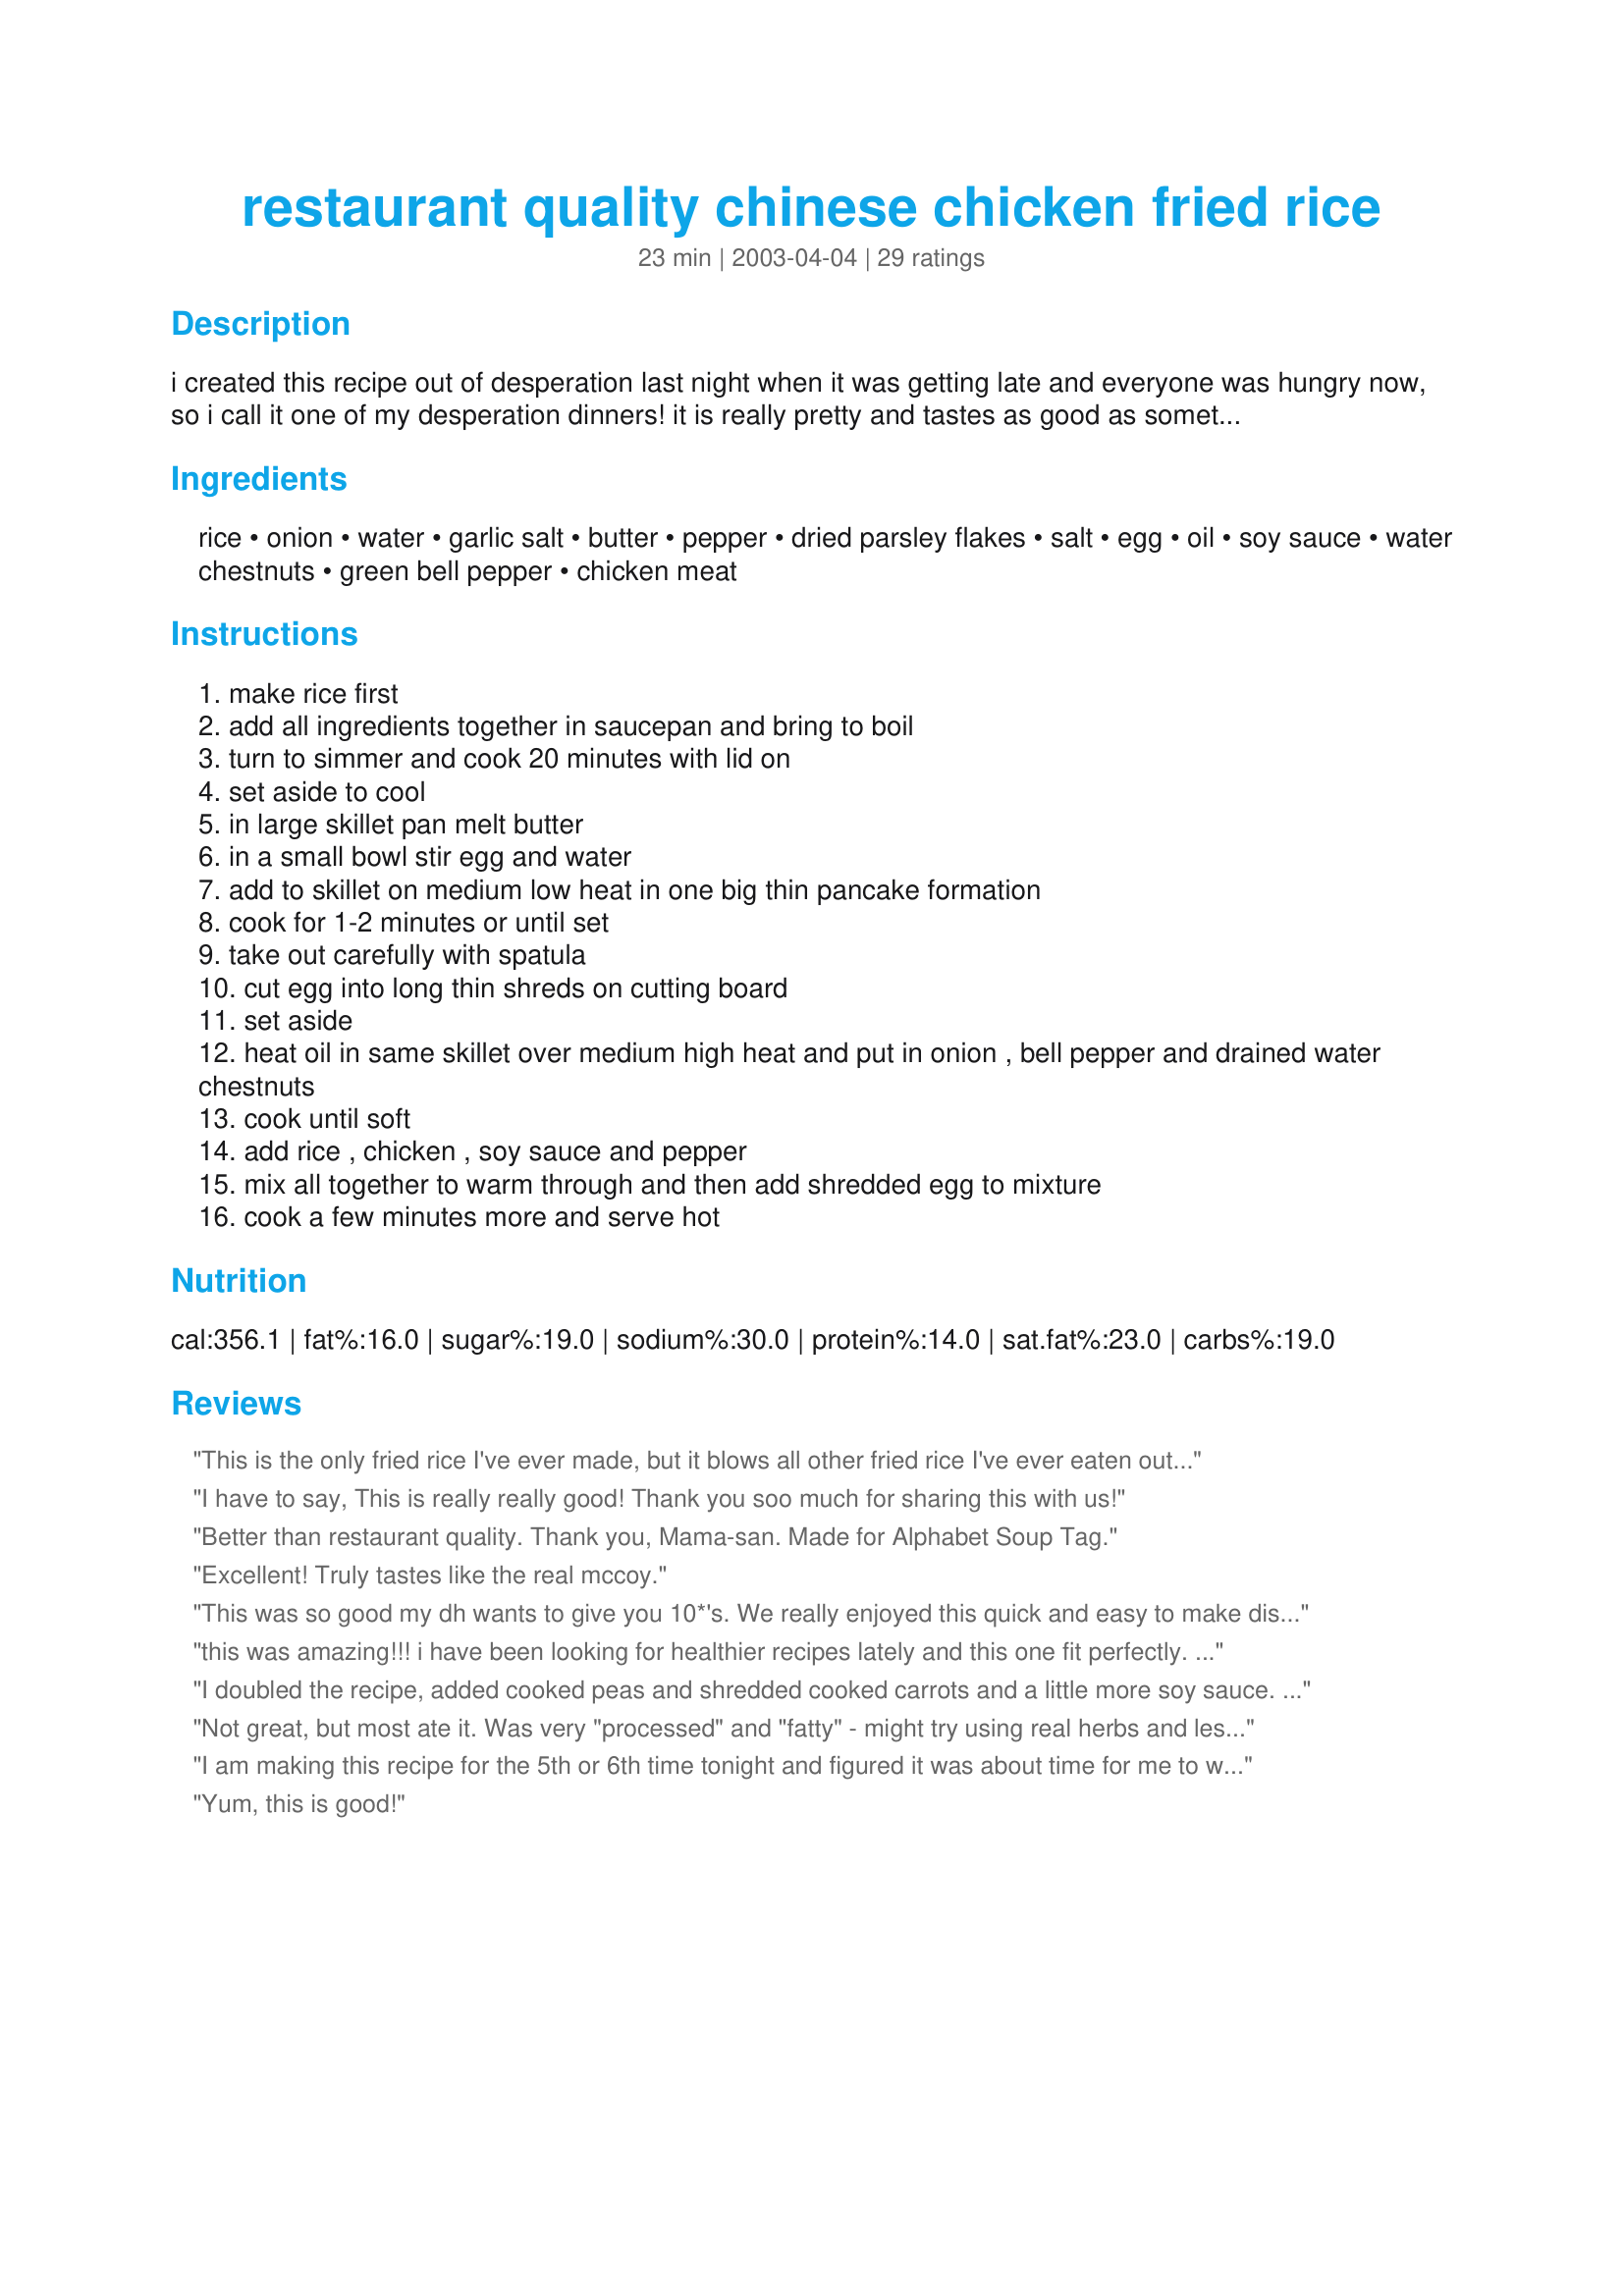
restaurant quality chinese chicken fried rice
Preparation time: 23 minutes

i created this recipe out of desperation last night when it was getting late and everyone was hungry now, so i call it one of my desperation dinners! it is really pretty and tastes as good as something you order in a restaurant! it was very cheap to make. you buy the chicken on sale and boil it and shred it and put in freezer in baggies till you need it and it's all ready to use in recipes at last minute! you can get the canned water chestnuts for $1 or less on sale and keep on hand in pantry! hope you like this as much as we do!

Ingredients:
rice, onion, water, garlic salt, butter, pepper, dried parsley flakes, salt, egg, oil, soy sauce, water chestnuts, green bell pepper, chicken meat

Steps:
make rice first
add all ingredients together in saucepan and bring to boil
turn to simmer and cook 20 minutes with lid on
set aside to cool
in large skillet pan melt butter
in a small bowl stir egg and water
add to skillet on medium low heat in one big thin pancake formation
cook for 1-2 minutes or until set
take out carefully with spatula
cut egg into long thin shreds on cutting board
set aside
heat oil in same skillet over medium high heat and put in onion , bell pepper and drained water chestnuts
cook until soft
add rice , chicken , soy sauce and pepper
mix all together to warm through and then add shredded egg to mixture
cook a few minutes more and serve hot

Reviews:
This is the only fried rice I've ever made, but it blows all other fried rice I've ever eaten out of the water. Seems like no matter how I substitute based on what's in the house it still tastes wonderful. I do have to cut the pepper back a bit for our tastes, but when all of us eat this with no complaints, it's a keeper!
I have to say, This is really really good! 
Thank you soo much for sharing this with us!
Better than restaurant quality. Thank you, Mama-san. Made for Alphabet Soup Tag.
Excellent! Truly tastes like the real mccoy.
This was so good my dh wants to give you 10*'s. We really enjoyed this quick and easy to make dish. Who knew how easy it was to make great fried rice. I didn't have any chestnuts so I used bamboo shoots instead, they worked great. This tasty dish will be made again often. It will be very easy to vary the vegetables with what is in the fridge. Thank you so much for sharing. A new family favourite, into the keeper box it goes.
this was amazing!!! i have been looking for healthier recipes lately and this one fit perfectly. i did add diced carrots and sliced mushrooms and a couple more tsp of soy sauce at the end but it was soooooooo good!!! i will never make another fried rice after tasting this one ty for the great dinner
I doubled the recipe, added cooked peas and shredded cooked carrots and a little more soy sauce. It was wonderful!!
Not great, but most ate it. Was very "processed" and "fatty" - might try using real herbs and less butter next time. :(
I am making this recipe for the 5th or 6th time tonight and figured it was about time for me to write a review. I make this as listed but I omit the water chestnuts and the bell pepper. Instead I add green onions, otherwise an excellent and easy meal! I would like to add that I also end up adding more soy sauce as well but it depends on your taste :)
Yum, this is good!
This was great! I made it with Chinese Savory Beef(#133433 - I highly recommend it), so I only used about a 1/2 cup shredded chicken. I also didn't use quite as much onion or green pepper as called for (cus I ran out, lol). I didn't have water chestnuts, so those just got left out. At the last minute I realized I was out of white rice, so I had to use brown... so it had to cook a little better. I was afraid it wouldn't taste as good with the brown rice, but it still turned out really nice! My hubby isn't a huge brown rice fan, but I don't think he even noticed. :) He enjoyed this too, though he's not a big fan of Chinese dishes. I also added extra soy sauce... I love soy sauce. Next time I will be sure to have water chestnuts (yum), and I think I will add some diced carrots. Great recipe, and, obviously, easy to vary according to what's in your pantry and your taste!
This was the best fried rice I have ever made. Substituted green peas for color as we don't like green peppers (they take over the whole dish). Otherwise, I copied the recipe to the letter (maybe a bit more soy sauce)and it was delicious. This will be my go to fried rice recipe from now on. bc-mimi
well i must say, as a super chinese food fan, i was pleased with the outcome of this rice! i made a few changes.. i did not have onion or pepper, so i just used a cup of small baby peas and corn. it turned out beautifully! followed the directions exactly except i doubled the recipe, and to my already assured mind, it was just as good the second time around! Bravo, dolliegyrl, Bravo!
Fantastic! I made this for my husband for dinner 3 nights ago and we loved it so much that I made it again tonight for our weekly Church Dinner. Everyone loved it! (even the picky teenagers!) I used banana peppers (what I had) onions and peas and it was great! Thank you so much for such an easy and delicious recipe!
Great addition to our Chinese night menu! I caramelized the onions and I did not add the green pepper. Instead I added diced carrots and peas, but other than that made following the recipe. We shall have it again!
Excellent Fried Rice- The recipe makes 4 generous servings as a one dish meal and if this were part of a chinese banquet it would serve 8 easily. I fried the onions until they were very brown . I did add chopped mushrooms to the recipe and added them to the pan with the browned onions, next the water chestnuts, then rice & chicken and just before serving added the peppers ( I had red,, green & orange at home so added all three) .finally gently mixed in the egg - Excellent economical recipe that will stay in my cookbook Thanks dolliegyrl for a recipe that is BETTER than restaurant quality
I had leftover chicken and leftover rice and I needed to use them, so I â€˜pluggedâ€™ them into your recipe. I did not have water chestnuts, so did not use them and I do not care for green bell pepper, so I used red bell pepper and I added some frozen peas at the very end â€“ just long enough to thaw them, but not long enough to cook them! This was so very good - thank you for posting - this will be part of my repertoire from now on (and a good reason to have leftover chicken and rice)!
Both DH & thought this was a really wonder recipe and extremely close to the take out food we can get here in Michigan. Only thing DH thought to add was 4 cloves of crushed garlic, but that's just a personal preference due to DH being a huge Diego!!!! And we know how the Italians love garlic! LOL Served this with Sesame Chicken #44321 and both complimented eachother very well :o) Thanks dolliegyrl!!!!!!!!
Great recipe, very easy to follow. This is actually the third time I've made this and each time everyone loves it! We leave out the water chestnuts & bell pepper and add in peas (picky eaters) but otherwise I follow everything perfectly and it's always fabulous! Thanks for the post! Update: Actually did three times the amount of everything and still cooked up beautifully! Took a few minutes longer but still fabulous! Thanks again!
This is an amazing fried rice, and I have to look no further. This is the one I will make from now on. It couldn't be better. Change it up by adding peas and carrots and changing up the chicken to meats, seafood etc. This is a very forgiving recipe and will tolerate just about anything added without ruining the dish!
This was great and enjoyed by all. I chose to scramble the egg as is, and just add it in all crumbled. I also used sesame oil, as I like the flavor it imparts to the fried rice. I substituted diced carrots & peas in lieu of the peppers & added cabbage in place of water chestnuts (personal preference). All in all, it was very tasty and very easy to accommodate to taste preferences & whatever offerings you have in the 'fridge. Thank you!
This is a great recipe. It's so simple to make and it is definitely delicious. I'm not real skilled in the kitchen and this recipe was a snap. The only changes that we make are we use 2 eggs instead of 1 and we slice the chicken into chunks instead of shredding it. Thanks so much for the recipe.
wow, this was way easier than I thought it would be. We loved it. I added carrots, peas and mushrooms for a little more flavor variety. The only thing that I would really change about this recipe would be the amount of pepper. It calls for a lot of pepper, which kind of overpowers the other flavors. Next time I'll lighten that up a bit, otherwise great!
I've made this recipe numerous times and trust me when I say it is the best chicken fried rice recipe you will ever find on the internet.
This was very good! I think one of the keys to the good taste of the recipe is the rice cooked with the flavorings and using plenty of egg (I used 2). The cook can easily vary this recipe to there own liking. I added chinese cabbage (Napa). Delicious!
My family loved this and almost fought over who got the last little bit. Due to some fussy eaters, I left out the green pepper and water chestnuts and used corn and a little jalapeno pepper and green onion instead. I added a sprinkle of garlic powder and used sesame oil(about a tsp) in place of the regular oil. I had leftover basmati rice in the fridge, so I did not follow the recipe for the rice. Thanks for the recipe.
This was every bit as good if not better than any chinese restaurant I have ever eaten at! I never would have dreamed it would be sooo easy to make this at home. I will be adding this to all of our home made chinese meals from now on. Thanks for sharing the recipe with us dolliegyrl!!
for your rice , you should try cubed carrots ,scrambled egg,1/4 cup of oyster sauce. add a few dashes of accent...you'll think you're at a hunan dynasty. my chinese friend gave me this hint. ENJOY!!
Delicious and perfect! We have been on a tight budget and I have been craving Chinese fried rice. This was amlonst better than the restaurants! I also added some ground ginger... Thanks!
